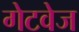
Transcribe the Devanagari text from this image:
गेटवेज